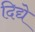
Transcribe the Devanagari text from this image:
दिद्ये